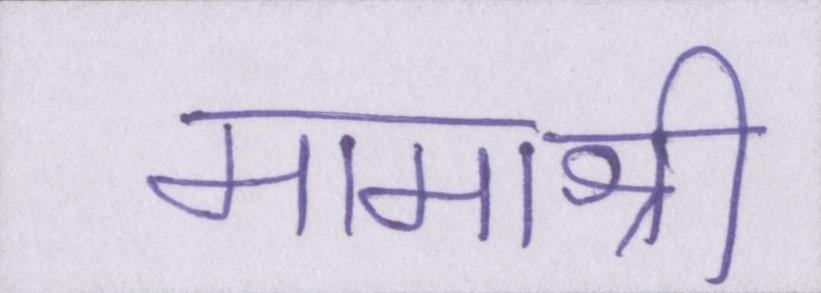
मामाश्री